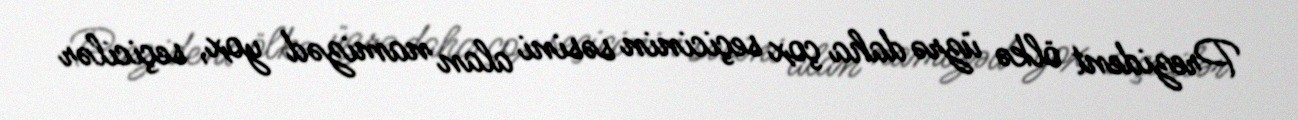
Prezident ölkə üzrə daha çox seçicinin səsini alan namizəd yox, seçicilər